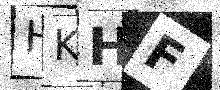
Text: HKHF